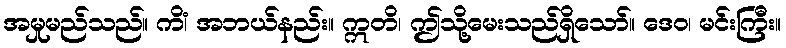
အမှုမည်သည်။ ကိံ၊ အဘယ်နည်း။ ဣတိ၊ ဤသို့မေးသည်ရှိသော်။ ဒေဝ၊ မင်းကြီး။